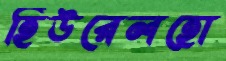
হিউরেলহো